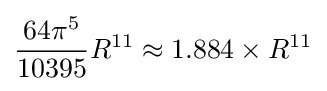
{\frac {64\pi ^{5}}{10395}}R^{11}\approx 1.884\times R^{11}